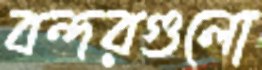
বন্দরগুলো